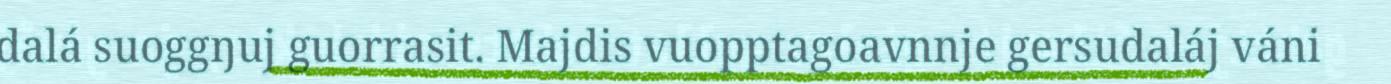
dalá suoggŋuj guorrasit. Majdis vuopptagoavnnje gersudaláj váni